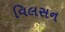
વિલસન